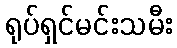
ရုပ်ရှင်မင်းသမီး